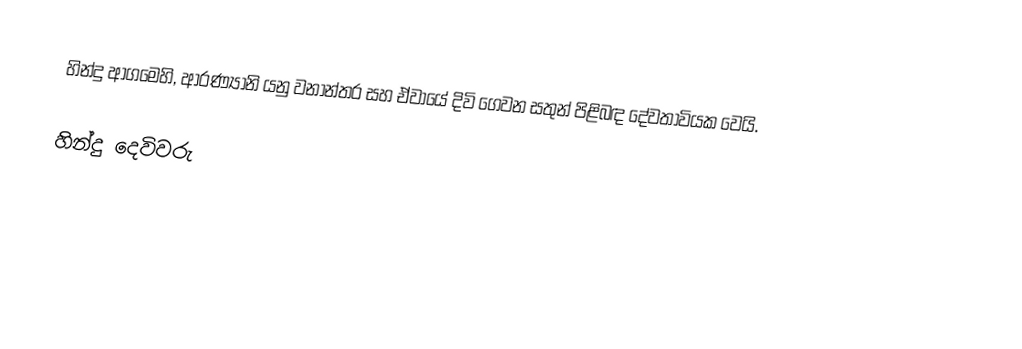
හින්දු ආගමෙහි, ආරණ්‍යානි යනු වනාන්තර සහ ඒවායේ දිවි ගෙවන  සතුන් පිළිබඳ දේවතාවියක වෙයි.

හින්දු දෙවිවරු